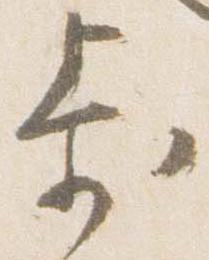
歩